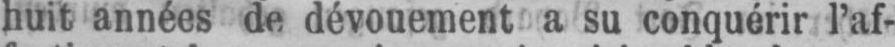
huit années de dévouement a su conquérir l’af-